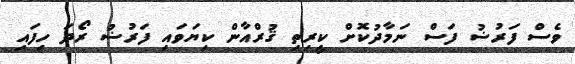
ވެސް ފަރުޟު ފަސް ނަމާދުކޮށް ކީރިތި ޤުރްއާން ކިޔަވައި ފަރުޟު ރޯދަ ހިފައި